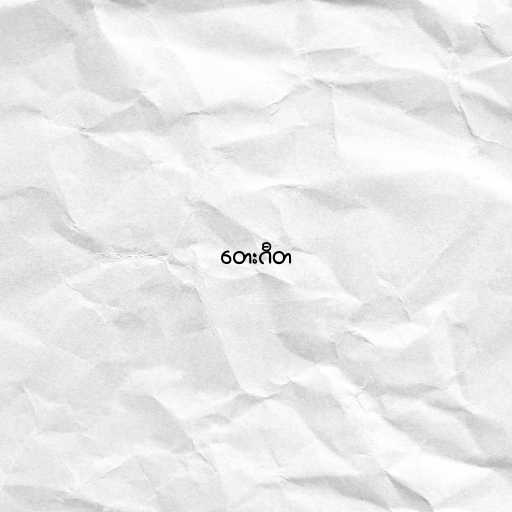
တေးဂီတ